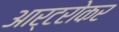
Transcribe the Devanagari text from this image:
आर्टरोकर